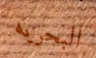
البحريه